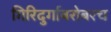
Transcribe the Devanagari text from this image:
गिरिदुर्गाबरोबरच